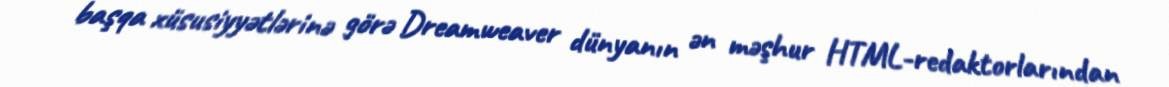
başqa xüsusiyyətlərinə görə Dreamweaver dünyanın ən məşhur HTML-redaktorlarından